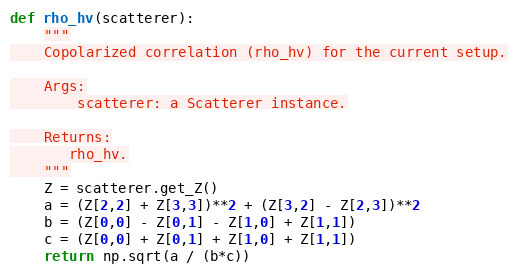
Language: Python
def rho_hv(scatterer):
    """
    Copolarized correlation (rho_hv) for the current setup.

    Args:
        scatterer: a Scatterer instance.

    Returns:
       rho_hv.
    """
    Z = scatterer.get_Z()
    a = (Z[2,2] + Z[3,3])**2 + (Z[3,2] - Z[2,3])**2
    b = (Z[0,0] - Z[0,1] - Z[1,0] + Z[1,1])
    c = (Z[0,0] + Z[0,1] + Z[1,0] + Z[1,1])
    return np.sqrt(a / (b*c))